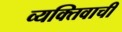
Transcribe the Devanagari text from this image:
व्यक्‍तिवाची